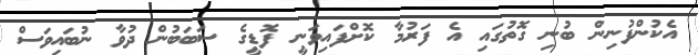
އެކުންފުނިން ބުނި ގޮތުގައި އެ ފަރުމާ ކޮށްފައިވަނީ ފޮޑީގެ ސަބަބުން ދުވާ ނުބައިވަސް